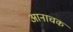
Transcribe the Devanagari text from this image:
आनाचक